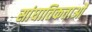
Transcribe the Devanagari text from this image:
सांघातिकताओं